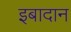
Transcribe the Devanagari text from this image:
इबादान